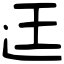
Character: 迋